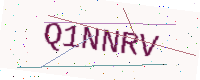
Text: Q1NNRV